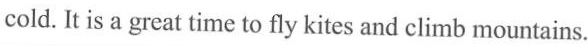
cold. It is a great time to fly kites and climb mountains.